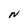
Character: N